Notes on vaccination in the North-West Frontier Province 1923-1928 - 1923-1928
Year: 1923
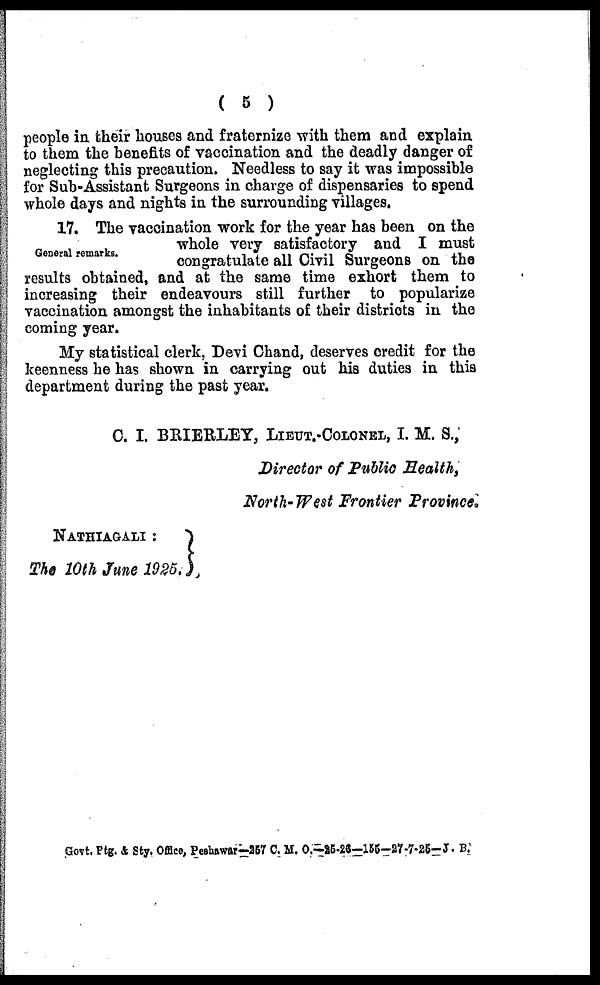
( 5 )
people in their houses and fraternize with them and explain
to them the benefits of vaccination and the deadly danger of
neglecting this precaution. Needless to say it was impossible
for Sub-Assistant Surgeons in charge of dispensaries to spend
whole days and nights in the surrounding villages.
General remarks.
17. The vaccination work for the year has been on the
whole very satisfactory and I must
congratulate all Civil Surgeons on the
results obtained, and at the same time exhort them to
increasing their endeavours still further to popularize
vaccination amongst the inhabitants of their districts in the
coming year.
My statistical clerk. Devi Chand, deserves credit for the
keenness he has shown in carrying out his duties in this
department during the past year.
C. I. BRIERLEY, LIEUT.-COLONEL, I. M. S.,
Director of Public Health,
North- West Frontier Province.
NATHIA GALI :
The 10th June 1925.
Govt. Ptg. & Sty, Office, Peshawar—257 C. M. O.—25-26—155-27-7-25-J. B.